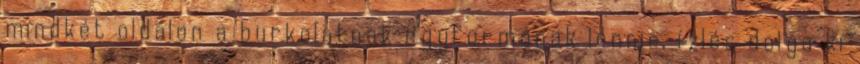
mindkét oldalon a burkolatnak egyformának lennie, ízlés dolga ki